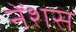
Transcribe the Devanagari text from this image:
नेंशस